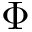
\Phi